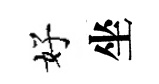
好坐